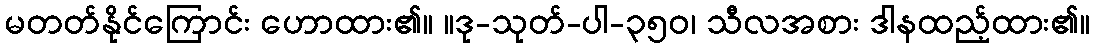
မတတ်နိုင်ကြောင်း ဟောထား၏။ ။ဒု-သုတ်-ပါ-၃၅၀၊ သီလအစား ဒါနထည့်ထား၏။